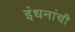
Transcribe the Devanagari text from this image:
इंधनांची